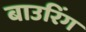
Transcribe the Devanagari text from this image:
बाउरिंग